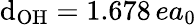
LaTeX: \mathrm{d}_{\mathrm{{OH}}}=1.678\, ea_{0}